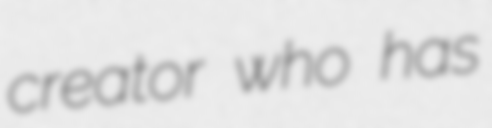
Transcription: creator who has